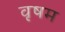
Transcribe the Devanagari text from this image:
वृषम